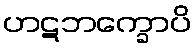
ဟဋဘက္ခောပိ